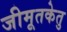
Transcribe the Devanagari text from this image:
जीमूतकेतु